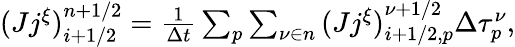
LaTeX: \begin{array}{r}{(Jj^{\xi})_{i+1/2}^{n+1/2}=\frac{1}{\Delta t}\sum_{p}\sum_{\nu\in n}{(Jj^{\xi})}_{i+1/2,p}^{\nu+1/2}\Delta\tau_{p}^{\nu},}\end{array}